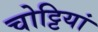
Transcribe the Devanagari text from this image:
चोट्टियां